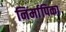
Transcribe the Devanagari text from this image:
निर्मापिका